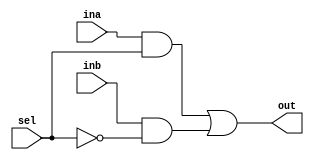
`timescale 1ns / 1ps

module mux2_1(input [31:0] ina,inb, input sel, 
              output [31:0] out);
    
    assign out = (ina & sel) | (inb & ~sel);
    
endmodule